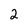
Character: 2